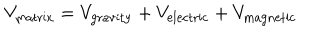
LaTeX: V _ { \mathrm { m a t r i x } } = V _ { \mathrm { g r a v i t y } } + V _ { \mathrm { e l e c t r i c } } + V _ { \mathrm { m a g n e t i c } }